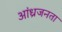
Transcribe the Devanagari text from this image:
आंध्रजनता